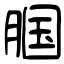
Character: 腘